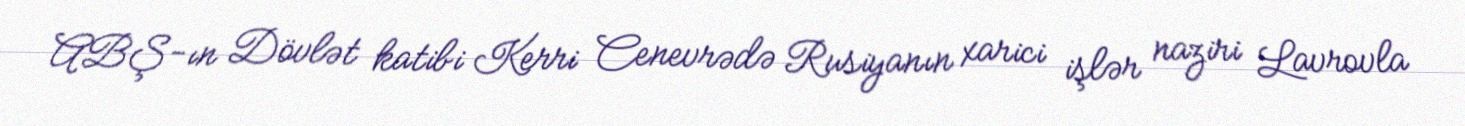
ABŞ-ın Dövlət katibi Kerri Cenevrədə Rusiyanın xarici işlər naziri Lavrovla